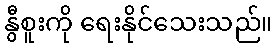
နွီစူးကို ရေးနိုင်သေးသည်။